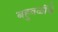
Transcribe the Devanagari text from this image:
बहुवळींचे